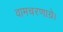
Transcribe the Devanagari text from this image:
वामचरणाग्रे।